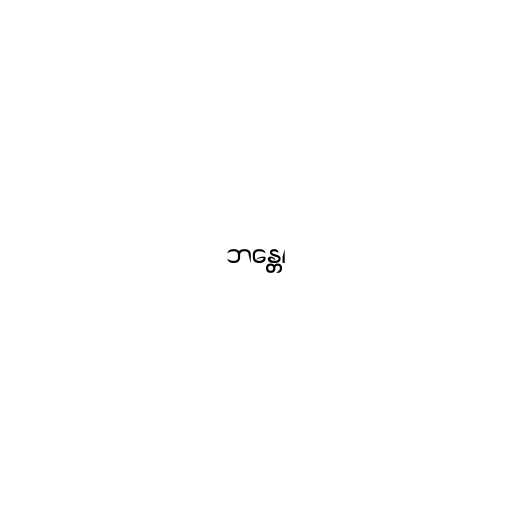
ဘန္တေ၊